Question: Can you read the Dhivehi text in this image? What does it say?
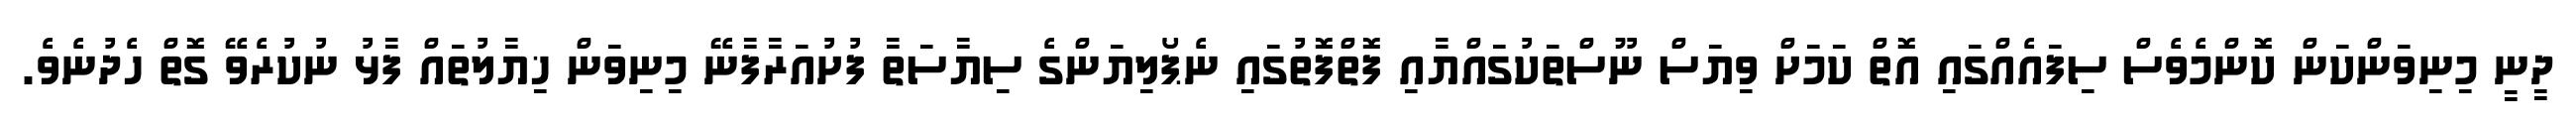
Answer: ދީނީ މިނިވަންކަން ކޮންމެވެސް ސިފައެއްގައި އޮތް ކަމަށް ވިޔަސް ނޫސްތަކުގައްޔާއި ފޮތްފޮތުގައި ނެޕޯލިޔަންގެ ސިޔާސަތާ ފުށުއަރާފާނޭ މިނިވަން ޚިޔާލުތައް ފާޅު ނުކުރެވޭ ގޮތް ހެދުނެވެ.